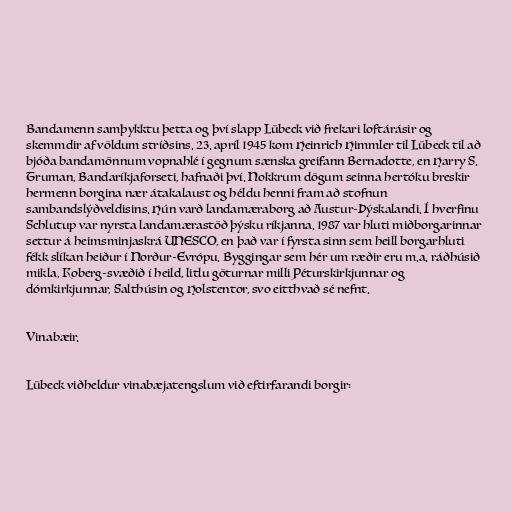
Bandamenn samþykktu þetta og því slapp Lübeck við frekari loftárásir og
skemmdir af völdum stríðsins. 23. apríl 1945 kom Heinrich Himmler til Lübeck til að
bjóða bandamönnum vopnahlé í gegnum sænska greifann Bernadotte, en Harry S.
Truman, Bandaríkjaforseti, hafnaði því. Nokkrum dögum seinna hertóku breskir
hermenn borgina nær átakalaust og héldu henni fram að stofnun
sambandslýðveldisins. Hún varð landamæraborg að Austur-Þýskalandi. Í hverfinu
Schlutup var nyrsta landamærastöð þýsku ríkjanna. 1987 var hluti miðborgarinnar
settur á heimsminjaskrá UNESCO, en það var í fyrsta sinn sem heill borgarhluti
fékk slíkan heiður í Norður-Evrópu. Byggingar sem hér um ræðir eru m.a. ráðhúsið
mikla, Koberg-svæðið í heild, litlu göturnar milli Péturskirkjunnar og
dómkirkjunnar, Salthúsin og Holstentor, svo eitthvað sé nefnt.

Vinabæir.

Lübeck viðheldur vinabæjatengslum við eftirfarandi borgir: